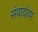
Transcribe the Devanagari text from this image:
संवादांवर